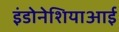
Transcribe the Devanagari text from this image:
इंडोनेशियाआई